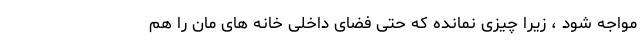
مواجه شود ، زیرا چیزی نمانده که حتی فضای داخلی خانه های مان را هم